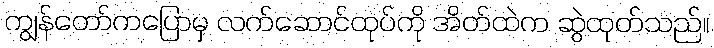
ကျွန်တော်ကပြောမှ လက်ဆောင်ထုပ်ကို အိတ်ထဲက ဆွဲထုတ်သည်။